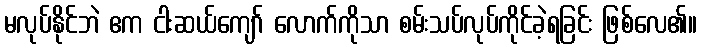
မလုပ်နိုင်ဘဲ ဧက ငါးဆယ်ကျော် လောက်ကိုသာ စမ်းသပ်လုပ်ကိုင်ခဲ့ရခြင်း ဖြစ်လေ၏။